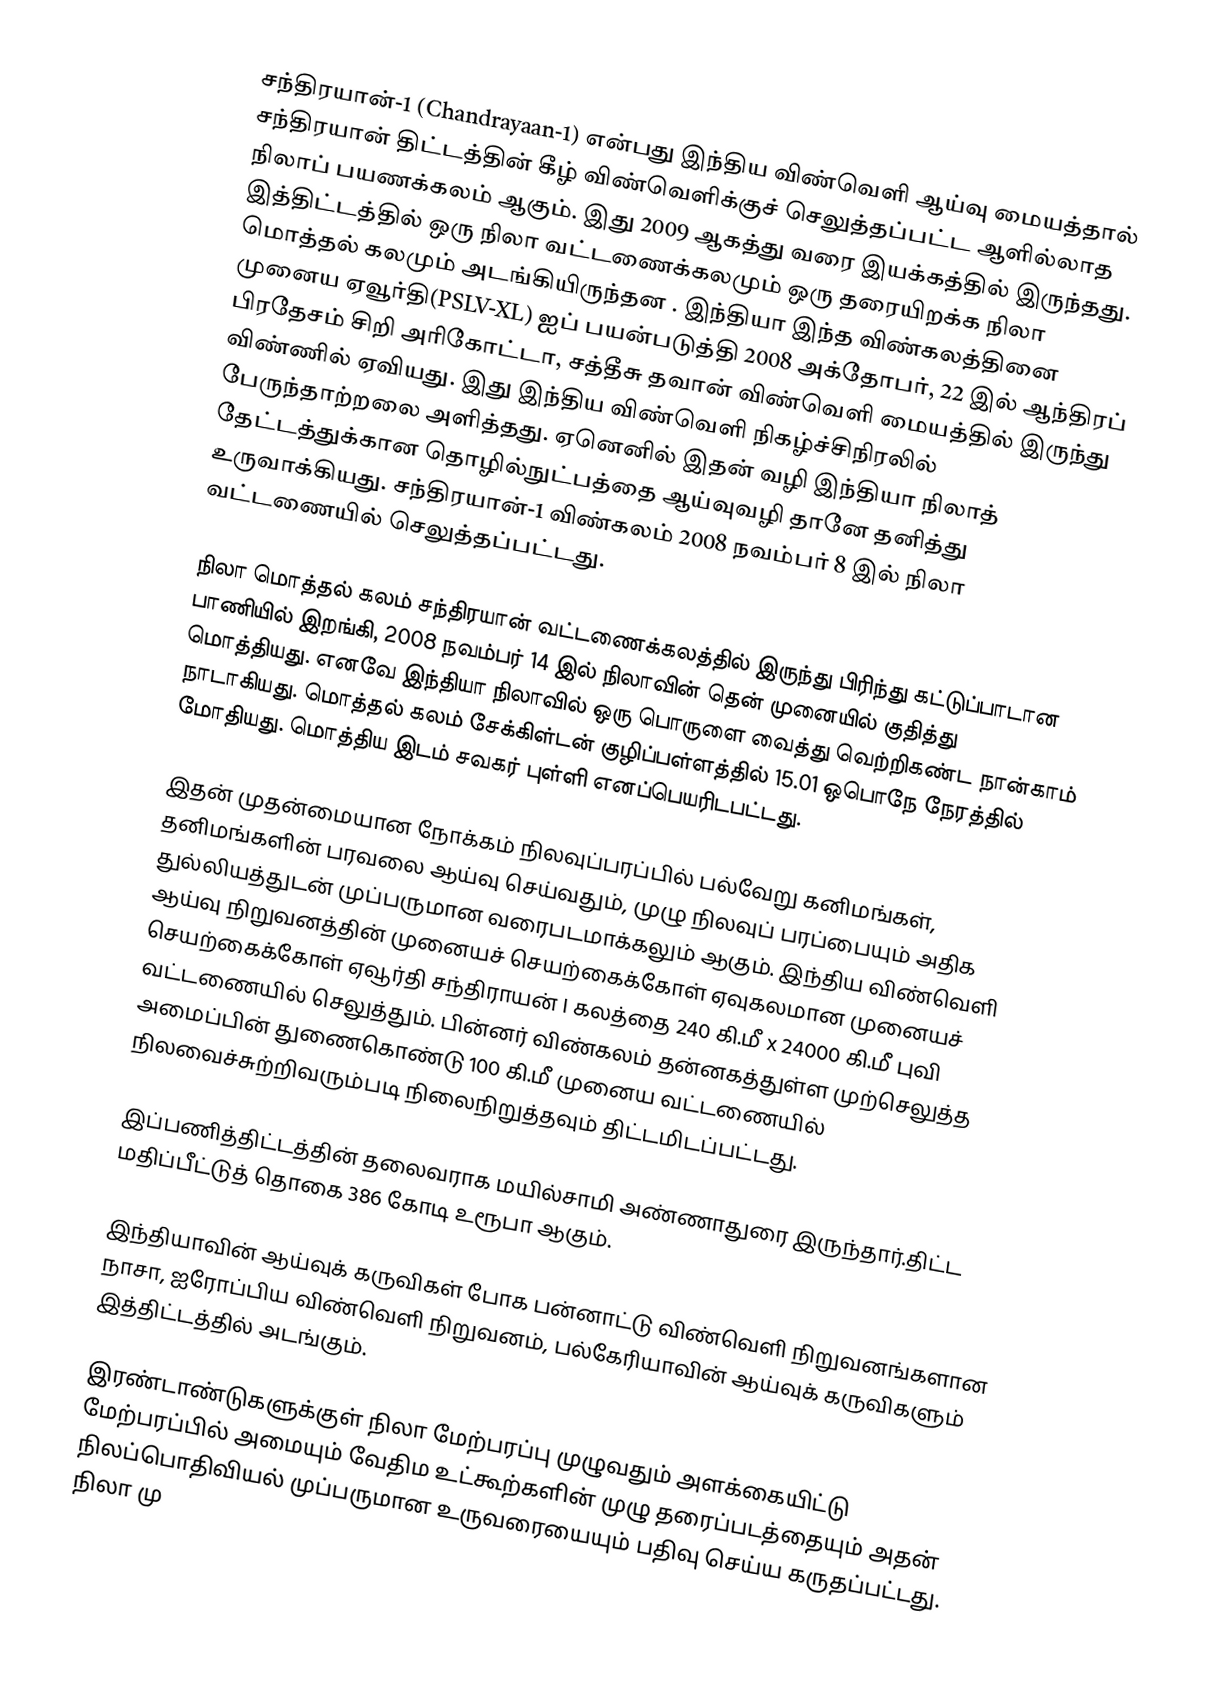
சந்திரயான்-1 (Chandrayaan-1) என்பது இந்திய விண்வெளி ஆய்வு மையத்தால் சந்திரயான் திட்டத்தின் கீழ் விண்வெளிக்குச் செலுத்தப்பட்ட ஆளில்லாத நிலாப் பயணக்கலம் ஆகும். இது 2009 ஆகத்து வரை இயக்கத்தில் இருந்தது.  இத்திட்டத்தில் ஒரு நிலா வட்டணைக்கலமும் ஒரு தரையிறக்க நிலா மொத்தல் கலமும் அடங்கியிருந்தன .  இந்தியா இந்த விண்கலத்தினை முனைய ஏவூர்தி(PSLV-XL) ஐப் பயன்படுத்தி 2008 அக்தோபர், 22  இல் ஆந்திரப் பிரதேசம் சிறி அரிகோட்டா, சத்தீசு தவான் விண்வெளி மையத்தில் இருந்து விண்ணில் ஏவியது. இது இந்திய விண்வெளி நிகழ்ச்சிநிரலில் பேருந்தாற்றலை அளித்தது. ஏனெனில் இதன் வழி இந்தியா நிலாத் தேட்டத்துக்கான தொழில்நுட்பத்தை ஆய்வுவழி தானே தனித்து உருவாக்கியது. சந்திரயான்-1 விண்கலம் 2008 நவம்பர் 8 இல் நிலா வட்டணையில் செலுத்தப்பட்டது.

நிலா மொத்தல் கலம் சந்திரயான் வட்டணைக்கலத்தில் இருந்து பிரிந்து கட்டுப்பாடான பாணியில் இறங்கி, 2008 நவம்பர் 14 இல் நிலாவின் தென் முனையில் குதித்து மொத்தியது. எனவே இந்தியா நிலாவில் ஒரு பொருளை வைத்து வெற்றிகண்ட நான்காம் நாடாகியது. மொத்தல் கலம் சேக்கிள்டன் குழிப்பள்ளத்தில் 15.01 ஒபொநே நேரத்தில் மோதியது. மொத்திய இடம் சவகர் புள்ளி எனப்பெயரிடபட்டது.

இதன் முதன்மையான நோக்கம் நிலவுப்பரப்பில் பல்வேறு கனிமங்கள், தனிமங்களின் பரவலை ஆய்வு செய்வதும், முழு நிலவுப் பரப்பையும் அதிக துல்லியத்துடன் முப்பருமான வரைபடமாக்கலும் ஆகும். இந்திய விண்வெளி ஆய்வு நிறுவனத்தின் முனையச் செயற்கைக்கோள் ஏவுகலமான முனையச் செயற்கைக்கோள் ஏவூர்தி சந்திராயன் I கலத்தை 240 கி.மீ x 24000 கி.மீ புவி வட்டணையில் செலுத்தும். பின்னர் விண்கலம் தன்னகத்துள்ள முற்செலுத்த அமைப்பின் துணைகொண்டு 100 கி.மீ  முனைய வட்டணையில் நிலவைச்சுற்றிவரும்படி நிலைநிறுத்தவும் திட்டமிடப்பட்டது.

இப்பணித்திட்டத்தின் தலைவராக மயில்சாமி அண்ணாதுரை இருந்தார்.திட்ட மதிப்பீட்டுத் தொகை 386 கோடி உரூபா ஆகும்.

இந்தியாவின் ஆய்வுக் கருவிகள் போக பன்னாட்டு விண்வெளி நிறுவனங்களான நாசா, ஐரோப்பிய விண்வெளி நிறுவனம், பல்கேரியாவின் ஆய்வுக் கருவிகளும் இத்திட்டத்தில் அடங்கும்.

இரண்டாண்டுகளுக்குள் நிலா மேற்பரப்பு முழுவதும் அளக்கையிட்டு மேற்பரப்பில் அமையும் வேதிம உட்கூற்களின் முழு தரைப்படத்தையும் அதன் நிலப்பொதிவியல் முப்பருமான உருவரையையும் பதிவு செய்ய கருதப்பட்டது. நிலா மு